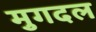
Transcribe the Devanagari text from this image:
मुगदल